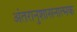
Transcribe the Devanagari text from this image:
अंतरानुशासनात्मक